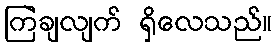
ကြဲချလျက် ရှိလေသည်။